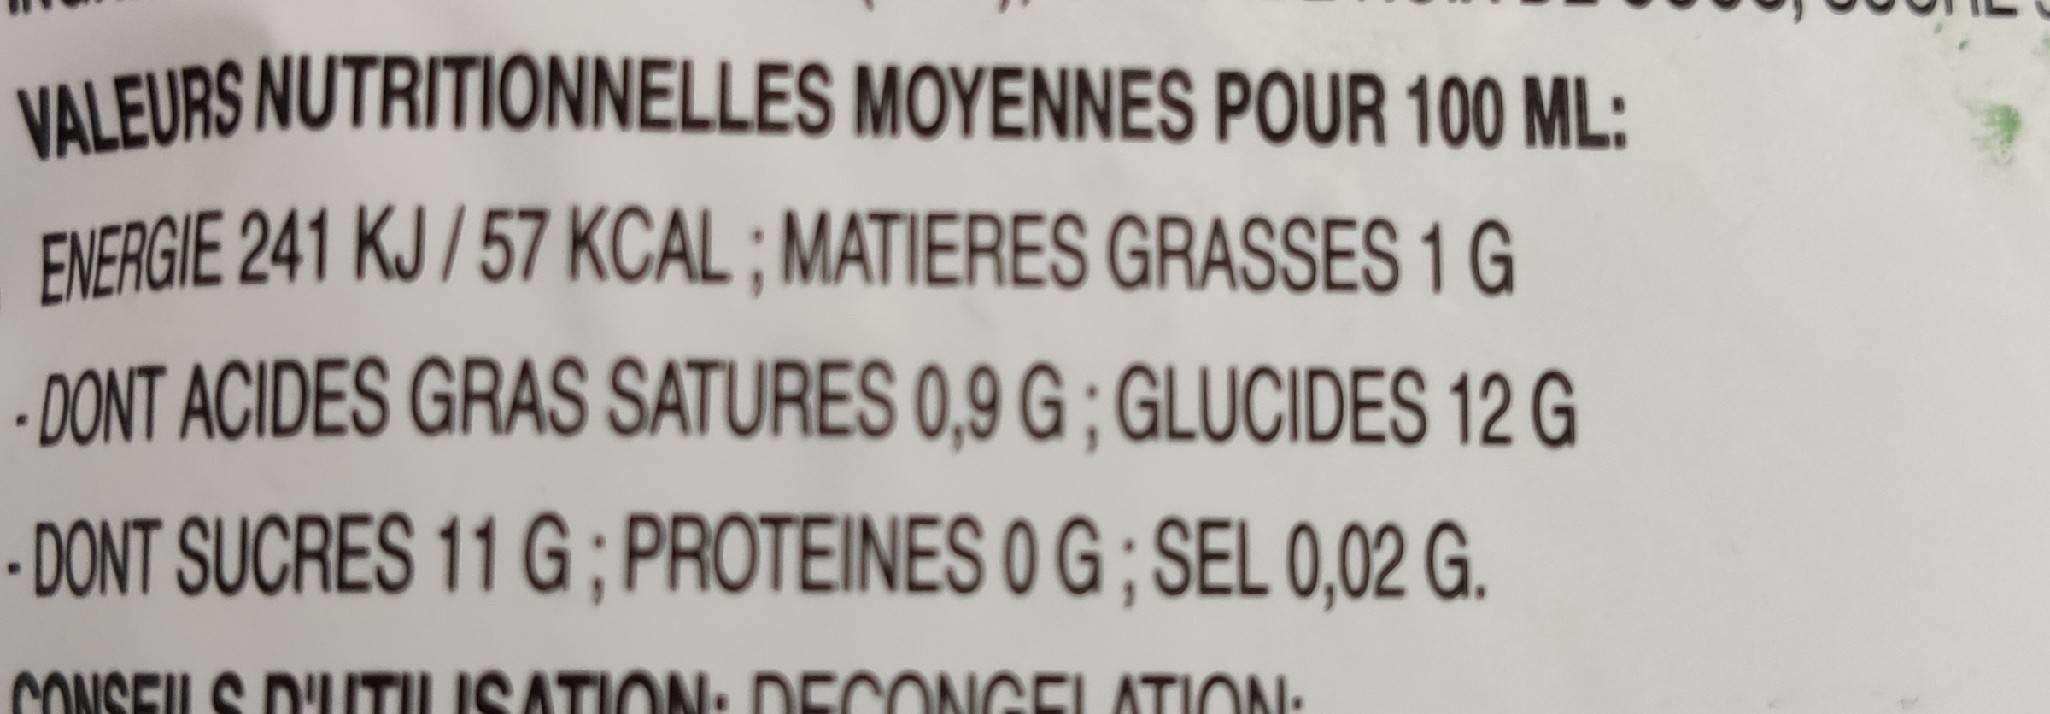
VALEURS NUTRITIONNELLES MOYENNES POUR 100 ML:
ENERGIE 241 KJ / 57 KCAL ; MATIERES GRASSES 1 G
- DONT ACIDES GRAS SATURES 0,9 G ; GLUCIDES 12 G
- DONT SUCRES 11 G;PROTEINES 0 G ; SEL 0,02 G.
CONSEILS DITILISATION: DECONGELATIONI: